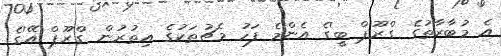
އެ މުބާރާތުގެ 'ގްރޫޕް ބީ'ގެ އެންމެ ފަހު މެޗުތަކުގެ އިތުރުން 'ގްރޫޕް އޭ'ގެ